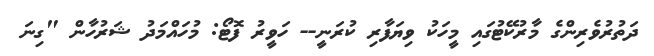
ދަތުރުވެރިންގެ މާރުކޭޓުގައި މީހަކު ވިޔަފާރި ކުރަނީ-- ހަވީރު ފޮޓޯ: މުހައްމަދު ޝަރުހާން "ގިނަ